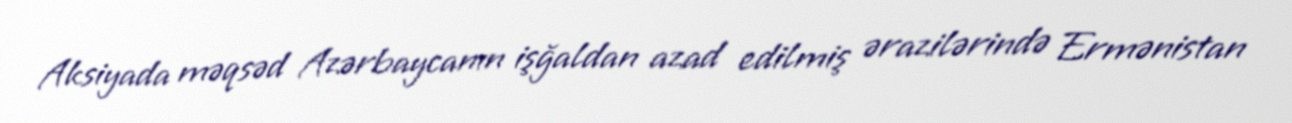
Aksiyada məqsəd Azərbaycanın işğaldan azad edilmiş ərazilərində Ermənistan